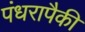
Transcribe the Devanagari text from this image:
पंधरापैकी